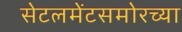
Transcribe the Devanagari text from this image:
सेटलमेंटसमोरच्या